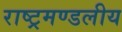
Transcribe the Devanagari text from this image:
राष्‍ट्रमण्‍डलीय